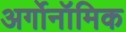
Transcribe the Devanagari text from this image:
अर्गोनॉमिक